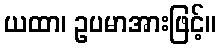
ယထာ၊ ဥပမာအားဖြင့်။